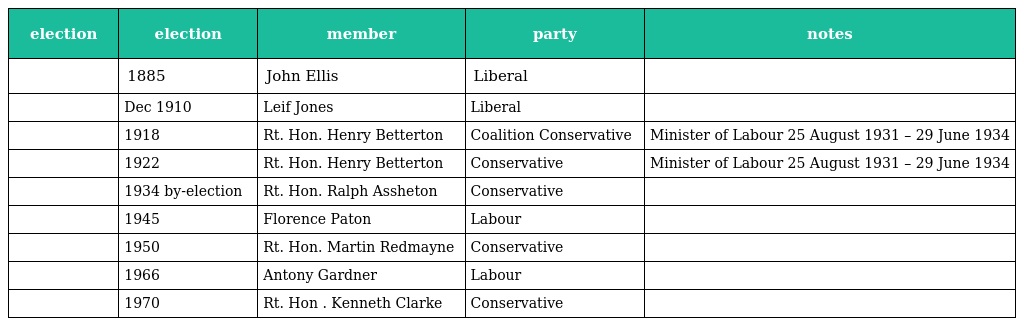
| election | election | member | party | notes |
 | --- | --- | --- | --- | --- |
 |  | 1885 | John Ellis | Liberal |  |
 |  | Dec 1910 | Leif Jones | Liberal |  |
 |  | 1918 | Rt. Hon. Henry Betterton | Coalition Conservative | Minister of Labour 25 August 1931 – 29 June 1934 |
 |  | 1922 | Rt. Hon. Henry Betterton | Conservative | Minister of Labour 25 August 1931 – 29 June 1934 |
 |  | 1934 by-election | Rt. Hon. Ralph Assheton | Conservative |  |
 |  | 1945 | Florence Paton | Labour |  |
 |  | 1950 | Rt. Hon. Martin Redmayne | Conservative |  |
 |  | 1966 | Antony Gardner | Labour |  |
 |  | 1970 | Rt. Hon . Kenneth Clarke | Conservative |  |